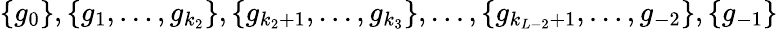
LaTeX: \{ g_{0}\} ,\{ g_{1},\ldots,g_{k_{2}}\} ,\{ g_{k_{2}+1},\ldots,g_{k_{3}}\} ,\ldots,\{ g_{k_{L-2}+1},\ldots,g_{-2}\} ,\{ g_{-1}\}